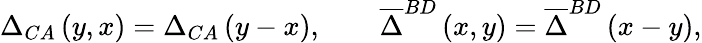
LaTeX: \Delta_{CA}\left(y,x\right)=\Delta_{CA}\left(y-x\right),\qquad\overline{{{\Delta}}}^{BD}\left(x,y\right)=\overline{{{\Delta}}}^{BD}\left(x-y\right),